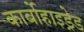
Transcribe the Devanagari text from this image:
कार्बोहाइड्रेड